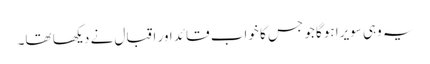
یہ وہی سویرا ہوگا جو جس کا خواب قائد اور اقبال نے دیکھا تھا۔